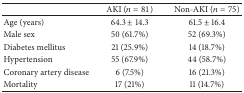
|  | AKI (n = 81) | Non-AKI (n = 75) |
 | --- | --- | --- |
 | Age (years) | 64.3 ± 14.3 | 61.5 ± 16.4 |
 | Male sex | 50 (61.7%) | 52 (69.3%) |
 | Diabetes mellitus | 21 (25.9%) | 14 (18.7%) |
 | Hypertension | 55 (67.9%) | 44 (58.7%) |
 | Coronary artery disease | 6 (7.5%) | 16 (21.3%) |
 | Mortality | 17 (21%) | 11 (14.7%) |